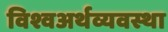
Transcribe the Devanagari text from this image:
विश्वअर्थव्यवस्था